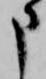
申